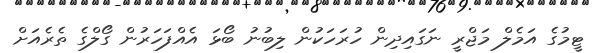
ޓީމުގެ އަމެލް މަޖްރީ ނަގައިދިން ހުރަހަކުން ލިބުނު ބޯޅަ އެއްފަހަރުން ގޯލްގެ ތެރެއަށް